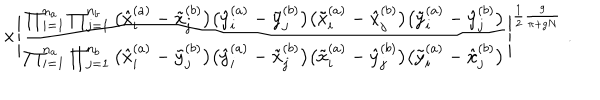
LaTeX: \times \Bigg | \frac { \prod _ { i = 1 } ^ { n _ { a } } \prod _ { j = 1 } ^ { n _ { b } } \big ( \hat { x } _ { i } ^ { ( a ) } - \tilde { x } _ { j } ^ { ( b ) } \big ) \big ( \hat { y } _ { i } ^ { ( a ) } - \tilde { y } _ { j } ^ { ( b ) } \big ) \big ( \tilde { x } _ { i } ^ { ( a ) } - \hat { x } _ { j } ^ { ( b ) } \big ) \big ( \tilde { y } _ { i } ^ { ( a ) } - \hat { y } _ { j } ^ { ( b ) } \big ) } { \prod _ { i = 1 } ^ { n _ { a } } \prod _ { j = 1 } ^ { n _ { b } } \big ( \hat { x } _ { i } ^ { ( a ) } - \tilde { y } _ { j } ^ { ( b ) } \big ) \big ( \hat { y } _ { i } ^ { ( a ) } - \tilde { x } _ { j } ^ { ( b ) } \big ) \big ( \tilde { x } _ { i } ^ { ( a ) } - \hat { y } _ { j } ^ { ( b ) } \big ) \big ( \tilde { y } _ { i } ^ { ( a ) } - \hat { x } _ { j } ^ { ( b ) } \big ) } \Bigg | ^ { \frac { 1 } { 2 } \frac { g } { \pi + g N } } \; .